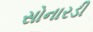
સોનારડી